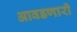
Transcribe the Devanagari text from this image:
आवडणारी